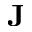
\textbf { J }